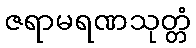
ဇရာမရဏသုတ္တံ